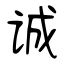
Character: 诚